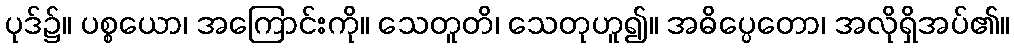
ပုဒ်၌။ ပစ္စယော၊ အကြောင်းကို။ သေတူတိ၊ သေတုဟူ၍။ အဓိပ္ပေတော၊ အလိုရှိအပ်၏။